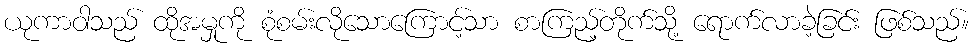
ယုကာဝါသည် ထိုအမှုကို စုံစမ်းလိုသောကြောင့်သာ စာကြည့်တိုက်သို့ ရောက်လာခဲ့ခြင်း ဖြစ်သည်။